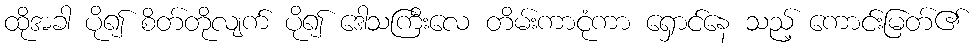
ထိုအခါ ပို၍ စိတ်တိုလျက် ပို၍ ဒေါသကြီးလေ တိမ်းကာငုံကာ ရှောင်နေ သည့် ကောင်းမြတ်၏